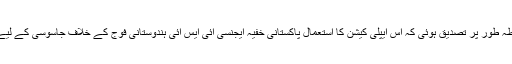
اس کی باضابطہ طور پر تصدیق ہوئی کہ اس ایپلی کیشن کا استعمال پاکستانی خفیہ ایجنسی آئی ایس آئی ہندوستانی فوج کے خلاف جاسوسی کے لیے کررہی تھی۔